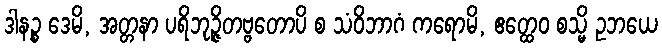
ဒါနဉ္စ ဒေမိ, အတ္တနာ ပရိဘုဉ္ဇိတဗ္ဗတောပိ စ သံဝိဘာဂံ ကရောမိ, ဧတ္ထေဝ စသ္မိ ဥဘယေ